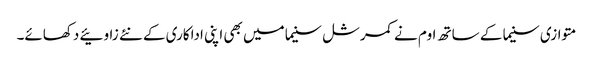
متوازی سنیما کے ساتھ اوم نے کمرشل سنیما میں بھی اپنی اداکاری کے نئے زاوئیے دکھائے۔